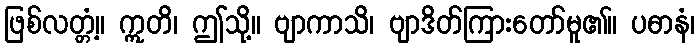
ဖြစ်လတ္တံ့။ ဣတိ၊ ဤသို့။ ဗျာကာသိ၊ ဗျာဒိတ်ကြားတော်မူ၏။ ပဓာနံ၊